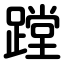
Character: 蹚